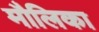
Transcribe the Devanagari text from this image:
मौलिका